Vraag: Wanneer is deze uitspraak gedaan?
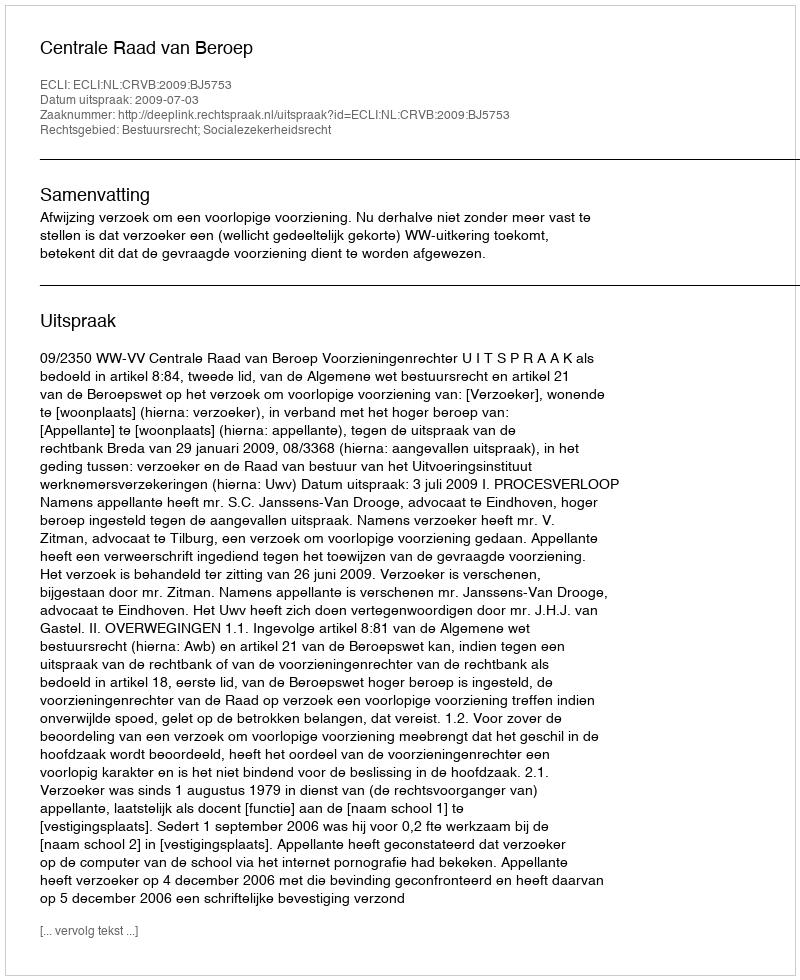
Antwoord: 2009-07-03